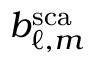
b _ { \ell , m } ^ { \mathrm { s c a } }